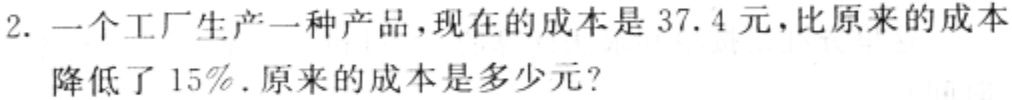
2. 一个工厂生产一种产品，现在的成本是$37.4$元，比原来的成本降低了$15\%$. 原来的成本是多少元？